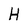
Character: H